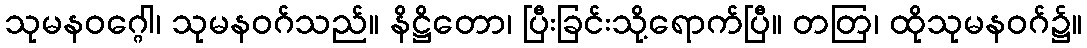
သုမနဝဂ္ဂေါ၊ သုမနဝဂ်သည်။ နိဋ္ဌိတော၊ ပြီးခြင်းသို့ရောက်ပြီ။ တတြ၊ ထိုသုမနဝဂ်၌။